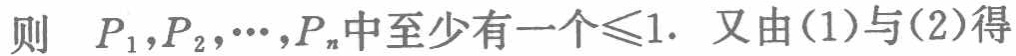
则 \(P_1,P_2,\cdots,P_n\)中至少有一个\(\leqslant1.\) 又由(1)与(2)得